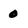
Character: 0